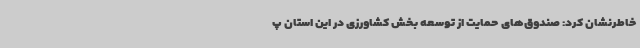
خاطرنشان کرد: صندوق‌های حمایت از توسعه بخش کشاورزی در این استان پ